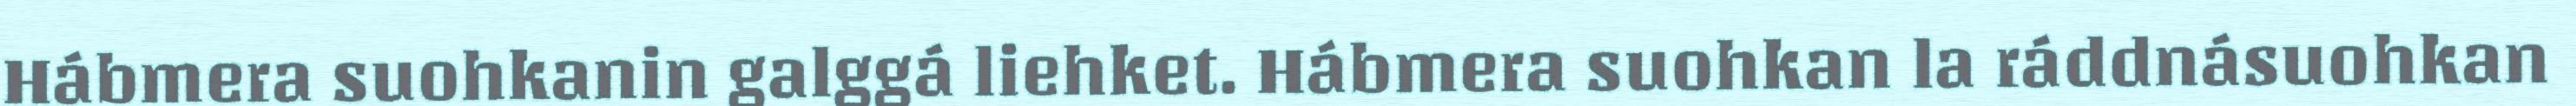
Hábmera suohkanin galggá liehket. Hábmera suohkan la ráddnásuohkan